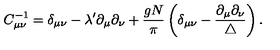
C _ { \mu \nu } ^ { - 1 } = \delta _ { \mu \nu } - \lambda ^ { \prime } \partial _ { \mu } \partial _ { \nu } + \frac { g N } { \pi } \left( \delta _ { \mu \nu } - \frac { \partial _ { \mu } \partial _ { \nu } } { \triangle } \right) .